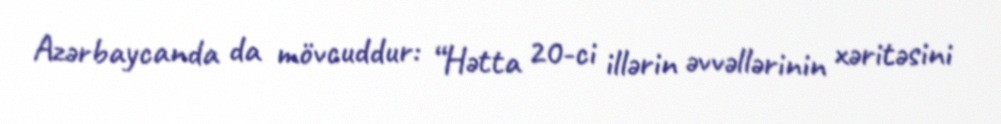
Azərbaycanda da mövcuddur: “Hətta 20-ci illərin əvvəllərinin xəritəsini